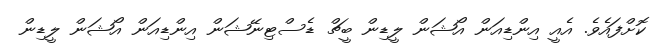
ކޮށްފައެވެ. އެއީ އިންޑިއަން އޯޝަން ލީޑިން ބީޗް ޑެސްޓިނޭޝަން އިންޑިއަން އޯޝަން ލީޑިން